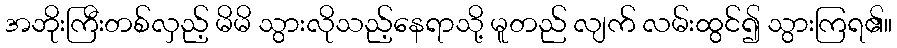
အဘိုးကြီးတစ်လှည့် မိမိ သွားလိုသည့်နေရာသို့ မူတည် လျက် လမ်းထွင်၍ သွားကြရ၏။